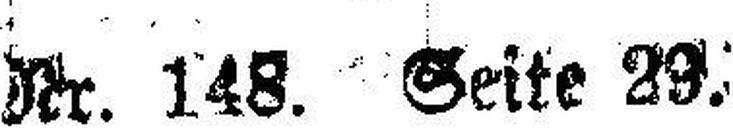
Nr. 148. Seite 29.